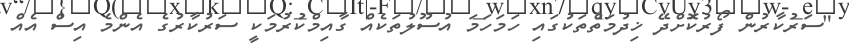
"ސަރުކާރުން ފޯރުކޮށްދޭ ޚިދުމަތްތަކުގައި ހަމަހަމަ އުސޫލުތަކެއް ގާއިމްކުރުމަކީ ސަރުކާރުގެ އެންމެ އިސް އެެއް